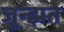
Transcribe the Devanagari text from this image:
जुन्झते